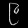
Digit: ၉